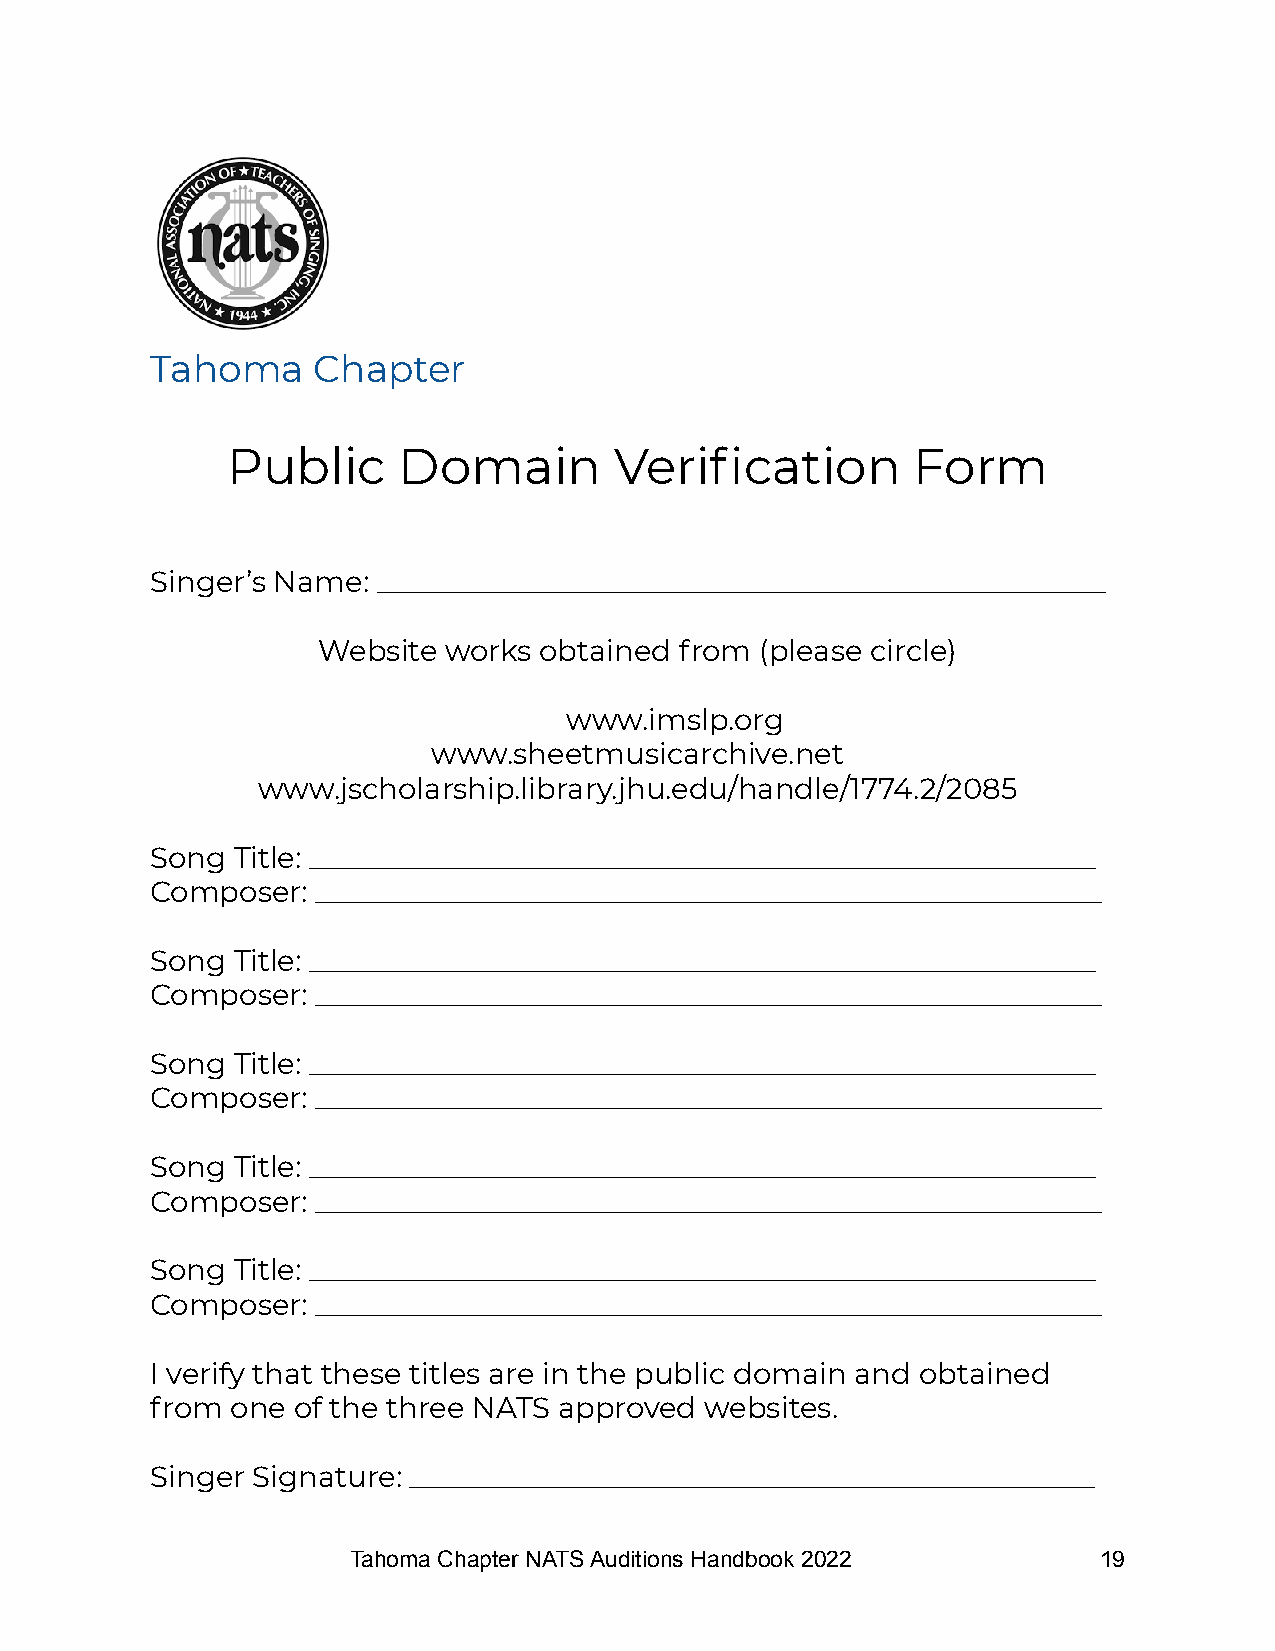
Tahoma     Chapter
 Public     Domain         Verification       Form
 Singer’s Name: __________________________________________________
 Website works  obtained from (please circle)
 www.imslp.org
 www.sheetmusicarchive.net
 www.jscholarship.library.jhu.edu/handle/1774.2/2085
 Song Title: ______________________________________________________
 Composer:  ______________________________________________________
 Song Title: ______________________________________________________
 Composer:  ______________________________________________________
 Song Title: ______________________________________________________
 Composer:  ______________________________________________________
 Song Title: ______________________________________________________
 Composer:  ______________________________________________________
 Song Title: ______________________________________________________
 Composer:  ______________________________________________________
 I verify that these titles are in the public domain and obtained
 from one of the three NATS approved  websites.
 Singer Signature: _______________________________________________
 Tahoma Chapter NATS Auditions Handbook 2022       19